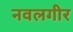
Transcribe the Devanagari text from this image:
नवलगीर